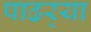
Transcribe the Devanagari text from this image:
पाढर्‍या